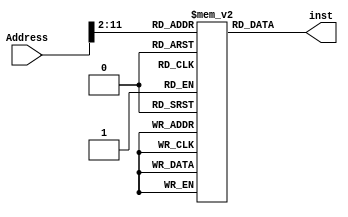
module inst_mem(input [31:0]Address,output reg [31:0]inst);
reg [31:0] mem[0:1023];

initial begin
    
    mem[0]=32'b001000_00000_00001_0000000000101000;//addi R1 R0 40
    mem[1]=32'b001000_00000_00101_0000000000000000;//addi R5 R0 0
    mem[2]=32'b000100_00001_00000_0000000000000100;//beq R1 R0 END //LOOP
    mem[3]=32'b100011_00001_00100_0000001111100100;//lw  R4 996(R1)
    mem[4]=32'b000000_00101_00100_0010100000100000;//add R5 R4 R5
    mem[5]=32'b001000_00001_00001_1111111111111100;//addi R1 R1 -4
    mem[6]=32'b000011_00000_00000_0000000000000010;//J LOOP
    mem[7]=32'b101011_00000_00101_0000011111010000;//sw R5 2000(R0) //END
    
    //mem[0]=32'b000011_00000_00000_0000000000000100;//J LOOP
    //mem[1]=32'b001000_00001_00001_1111111111111100;//addi R1 R1 -4
    //mem[4]=32'b000000_11111_00000_0000000000001000;//Jr //LOOP

    //mem[0]=32'b000010_00000_00000_0000000000000011;//J LOOP

    //mem[3]=32'b001000_00001_00001_1111111111111100;//addi R1 R1 -4 //LOOP
    /*
    mem[0]=32'b001000_00000000010000000000101000;//addi R1 R0 40
    mem[1]=32'b001000_00001_00101_0000000000000000;//addi R5 R1 0
    mem[2]=32'b00000000101001000010100000100000;//add R5 R4 R5
    mem[3]=32'b100011_00001_00100_0000001111100100;//lw  R4 996(R1)
    mem[4]=32'b000000_00101_00100_0010100000100000;//add R5 R4 R5
    */
end

always @(Address) begin
    inst<=mem[Address[31:2]];
end
endmodule